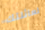
لعائلتك